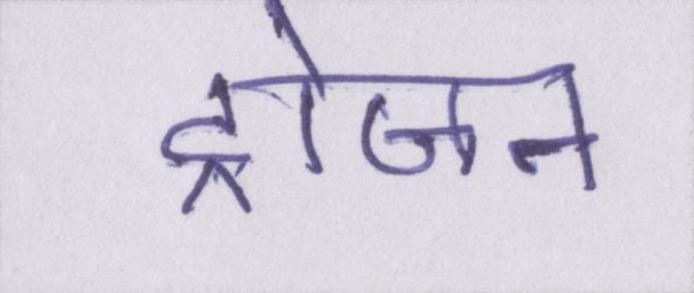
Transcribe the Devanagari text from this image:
ट्रोजन